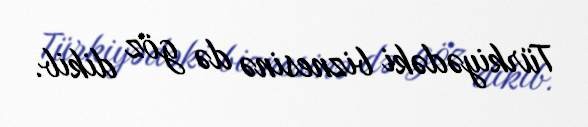
Türkiyədəki biznesinə də göz dikib.